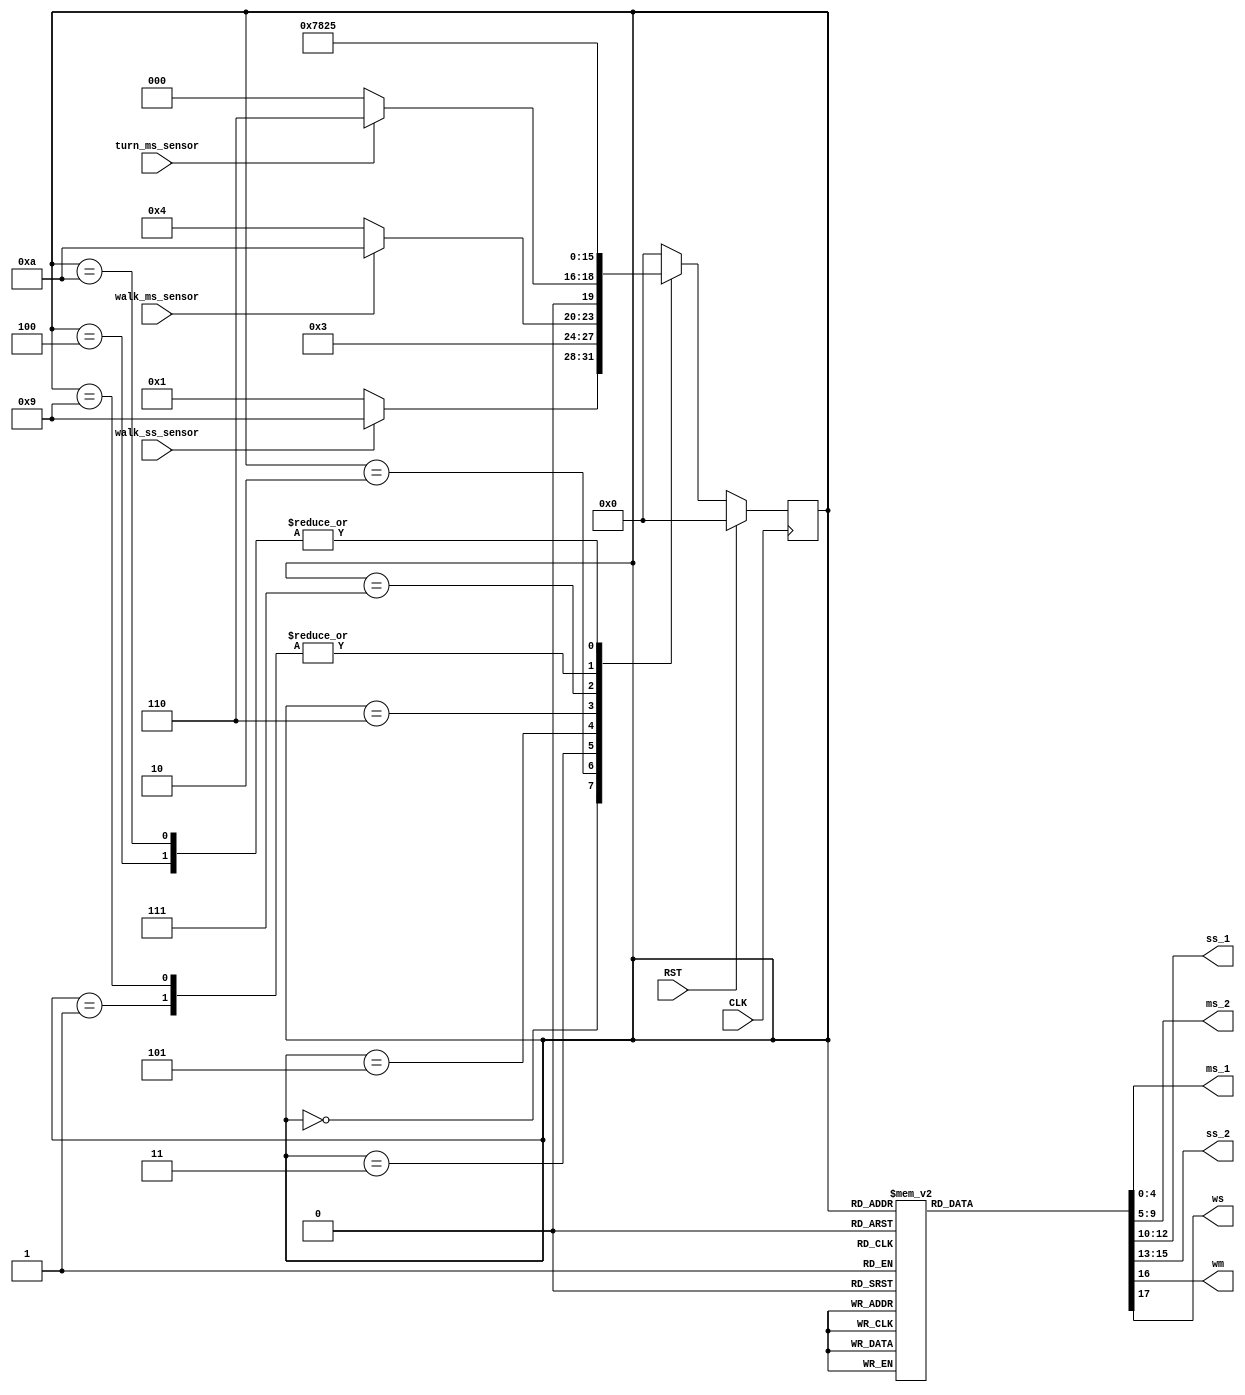
//Writen By: Joe Barchanowicz
//Traffic Control Systems

`timescale 1 s / 100 ms

//Traffic Signal Delays
`define G2YDELAY_MAIN 	40	 	//green to yellow delay(main street)
`define G2YDELAY_SIDE 	30		//green to yellow delay(side street)	
`define G2YDELAY_ARROW	20		//green to yellow delay(Arrow)
`define Y2RDELAY	 	5		//yellow to red delay(main street)
`define R2GDELAY 		5 		//red to green delay

//Walk Signal Delays
`define WDELAY			10		//WALK Signal delay

//ms = main street
//turn_ms_sensor = turning sensor main street
//ss = side street
//walk_ms_sensor = walk main street sensor
//wm = walk main signal
//walk_ss_sensor = walk side street sensor
//ws = walk side signal

module traf(ms_1, ms_2, ss_1, ss_2, wm, ws, turn_ms_sensor, walk_ms_sensor, walk_ss_sensor, CLK, RST);
	
	//ports
	output reg [4:0] ms_1, ms_2;
	output reg [2:0] ss_1, ss_2;
	output reg wm, ws;

	input turn_ms_sensor, walk_ms_sensor, walk_ss_sensor;
	input CLK, RST;

	parameter MAIN_RED = 5'b00100;
	parameter MAIN_YELLOW = 5'b00010;
	parameter MAIN_GREEN = 5'b00001;
	parameter MAIN_YELLOW_ARROW = 5'b01000;
	parameter MAIN_GREEN_ARROW = 5'b10000;
	parameter SIDE_RED = 3'b100;
	parameter SIDE_YELLOW = 3'b010;
	parameter SIDE_GREEN = 3'b001;
	
	
	//STATE definition 				ms1			ms2			ss1			ss2			wms		wss
	parameter S0 = 4'b0000;		//	Main_Red	Main_Red	Side_Red	Side_Red	off		off
	parameter S1 = 4'b0001;		//	Main_Green	Main_Green	Side_Red	Side_Red	off		off
	parameter S2 = 4'b0010;		//	Main_Yellow	Main_Yellow	Side_Red	Side_Red	off		off
	parameter S3 = 4'b0011;		//	Main_Red	Main_Red	Side_Red	Side_Red	off		off
	parameter S4 = 4'b0100;		//	Main_Red	Main_Red	Side_Green	Side_Green	off		off
	parameter S5 = 4'b0101;		//	Main_Red	Main_Red	Side_Yellow	Side_Yellow	off		off
	parameter S6 = 4'b0110;		//	Main_Red	Main_Red	Side_Red	Side_Red	off		off
	parameter S7 = 4'b0111;		// 	Main_G_A	Main_G_A	Side_Red	Side_Red	off		off
	parameter S8 = 4'b1000;  	//  Main_Y_A	Main_Y_A	Side_Red	Side_Red	off		off
	parameter S9 = 4'b1001;		//	Main_Green	Main_Green	Side_Red	Side_Red	off		on/off
	parameter S10= 4'b1010;		//	Main_Red	Main_Red	Side_Green	Side_Green	on/off	off
	
	//Internal state variables
	reg [3:0] state;
	reg [3:0] next_state;
	
	always @(posedge CLK)
		if(RST)
			state <= S0; // Controller starts in S0 state
		else
			state <= next_state;
	
	always @(state) begin
		ms_1 = MAIN_RED; ms_2 = MAIN_RED;
		ss_1 = SIDE_RED; ss_2 = SIDE_RED;
		wm = 0; ws = 0; 
		case(state)
			S0: begin
					ms_1 = MAIN_RED;
					ms_2 = MAIN_RED;
					ss_1 = SIDE_RED;
					ss_2 = SIDE_RED;
					wm = 0;
					ws = 0;
				end
			S1: begin
					ms_1 = MAIN_GREEN;
					ms_2 = MAIN_GREEN;
					ss_1 = SIDE_RED;
					ss_2 = SIDE_RED;
					wm = 0;
					ws = 0;
				end
			S2: begin
					ms_1 = MAIN_YELLOW;
					ms_2 = MAIN_YELLOW;
					ss_1 = SIDE_RED;
					ss_2 = SIDE_RED;
					wm = 0;
					ws = 0;
				end
			S3: begin
					ms_1 = MAIN_RED;
					ms_2 = MAIN_RED;
					ss_1 = SIDE_RED;
					ss_2 = SIDE_RED;
					wm = 0;
					ws = 0;
				end
			S4: begin
					ms_1 = MAIN_RED;
					ms_2 = MAIN_RED;
					ss_1 = SIDE_GREEN;
					ss_2 = SIDE_GREEN;
					wm = 0;
					ws = 0;
				end
			S5: begin
					ms_1 = MAIN_RED;
					ms_2 = MAIN_RED;
					ss_1 = SIDE_YELLOW;
					ss_2 = SIDE_YELLOW;
					wm = 0;
					ws = 0;
				end
			S6: begin 
					ms_1 = MAIN_RED;	
					ms_2 = MAIN_RED;
					ss_1 = SIDE_RED;
					ss_2 = SIDE_RED;
					wm = 0;
					ws = 0;
				end
			S7: begin
					ms_1 = MAIN_GREEN_ARROW;
					ms_2 = MAIN_GREEN_ARROW;
					ss_1 = SIDE_RED;
					ss_2 = SIDE_RED;
					wm = 0;
					ws = 0;
				end
			S8: begin
					ms_1 = MAIN_YELLOW_ARROW;
					ms_2 = MAIN_YELLOW_ARROW;
					ss_1 = SIDE_RED;
					ss_2 = SIDE_RED;
					wm = 0;
					ws = 0;
				end
			S9: begin
					ms_1 = MAIN_GREEN;
					ms_2 = MAIN_GREEN;
					ss_1 = SIDE_RED;
					ss_2 = SIDE_RED;
					ws = 1;
					wm = 0;
					#`WDELAY; ws = 0;
				end
			S10: begin
					ms_1 = MAIN_RED;
					ms_2 = MAIN_RED;
					ss_1 = SIDE_GREEN;
					ss_2 = SIDE_GREEN;
					ws = 0;
					wm = 1;
					#`WDELAY; wm = 0;
				end
		endcase
	end

	always @(state or turn_ms_sensor or walk_ms_sensor or walk_ss_sensor) begin
		case (state)
			S0: begin
					#`R2GDELAY;
					if (walk_ss_sensor)
						next_state = S9;
					else
						next_state = S1;
				end
			S1: begin
					#`G2YDELAY_MAIN;
					next_state = S2;
				end
			S2: begin
					#`Y2RDELAY;
					next_state = S3;
				end
			S3: begin
					#`R2GDELAY;
					if(walk_ms_sensor)
						next_state = S10;
					else
						next_state = S4;
				end
			S4: begin
					#`G2YDELAY_SIDE;
					next_state = S5;
				end
			S5: begin
					#`Y2RDELAY;
					if(turn_ms_sensor)
						next_state = S6;
					else
						next_state = S0; 
				end
			S6: begin
					#`R2GDELAY;
					next_state = S7;
				end
			S7: begin
					#`G2YDELAY_ARROW;
					next_state = S8;
				end
			S8: begin
					#`Y2RDELAY;
					next_state = S0;
				end
			S9: begin
					#`G2YDELAY_MAIN;
					next_state = S2;
				end
			S10: begin
					#`G2YDELAY_SIDE;
					next_state = S5;
				end
			default: next_state = S0;
		endcase
	end
endmodule